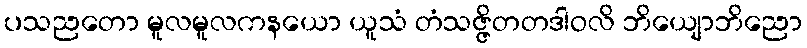
ပသညတော မူလမူလကနယော ယူသံ တံသဇ္ဇိတတဒါဝလိ ဘိယျောဘိညော